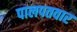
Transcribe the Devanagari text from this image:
पालपतवार